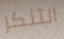
التنكر